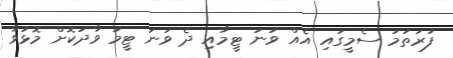
ފުރަތަމަ ސެމީގައި އެއް ވަނަ ޓީމާއި ދެ ވަނަ ޓީމު ވާދަކޮށް މޮޅުވާ